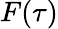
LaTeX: F(\tau)